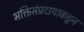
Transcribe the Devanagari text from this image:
भक्तिसंप्रदायाकडून